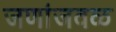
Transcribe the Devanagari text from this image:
जणांजवळ